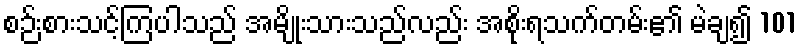
စဉ်းစားသင့်ကြပါသည် အမျိုးသားသည်လည်း အစိုးရသက်တမ်း၏ မဲချ၍ 101